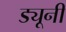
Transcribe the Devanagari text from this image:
ड्यूनी